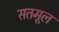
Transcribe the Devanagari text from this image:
सतमूल